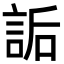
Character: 詬